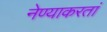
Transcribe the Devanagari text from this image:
नेण्याकरतां